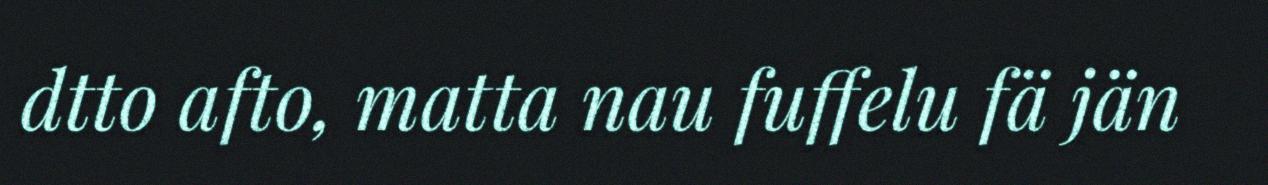
dtto afto, matta nau fuffelu fä jän